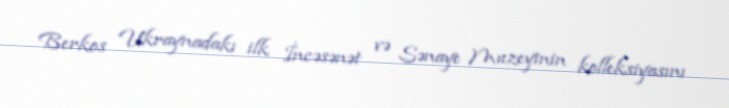
Berkos Ukraynadakı ilk İncəsənət və Sənaye Muzeyinin kolleksiyasını